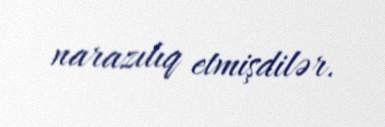
narazılıq etmişdilər.